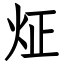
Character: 炡